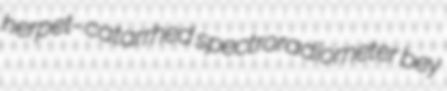
herpet- catarrhed spectroradiometer bey